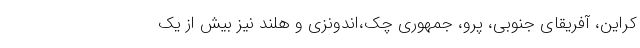
کراین، آفریقای جنوبی، پرو، جمهوری چک،اندونزی و هلند نیز بیش از یک